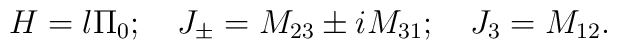
H = l \Pi_0; \quad J_{\pm} = M_{23} \pm i M_{31}; \quad J_3 =M_{12}.